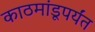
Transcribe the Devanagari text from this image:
काठमांडूपर्यंत